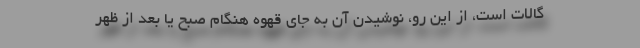
گالات است، از این رو، نوشیدن آن به جای قهوه هنگام صبح یا بعد از ظهر